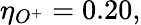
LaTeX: \eta_{O^{+}}=0.20,